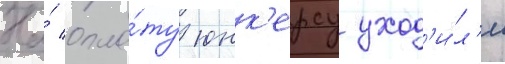
На́ опла́ту юнк'ерсу уход'и́л'и